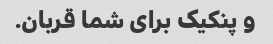
و پنکیک برای شما قربان.